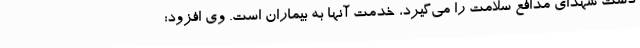
دست شهدای مدافع سلامت را می‌گیرد، خدمت آنها به بیماران است. وی افزود: